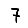
Digit: 7